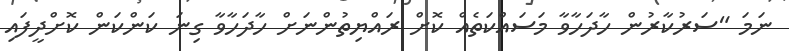
ނަމަ "ސަރުކާރުން ހާދަހާވާ މަސައްކަތެއް ކޮށް ރައްޔިތުންނަށް ހާދަހާވާ ގިނަ ކަންކަން ކޮށްދީފައި